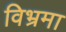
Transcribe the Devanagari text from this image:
विभ्रमा